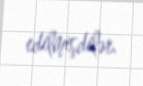
edilmişdilər.